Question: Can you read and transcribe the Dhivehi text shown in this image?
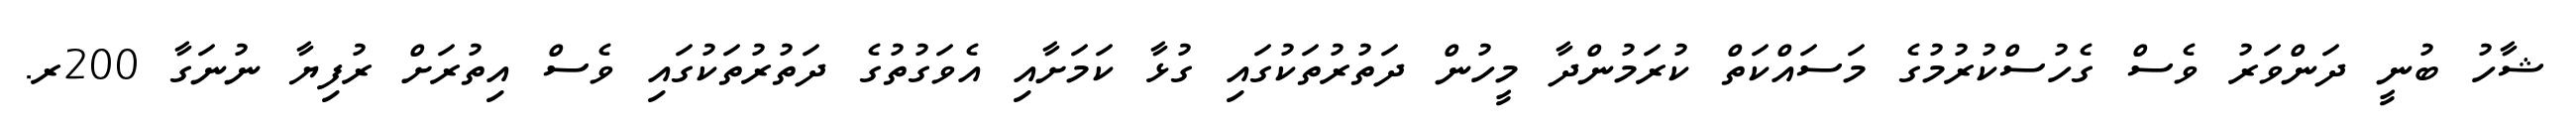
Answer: ޝާހު ބުނީ ދަންވަރު ވެސް ގެހުސްކުރުމުގެ މަސައްކަތް ކުރަމުންދާ މީހުން ދަތުރުތަކުގައި ގުޅާ ކަމަށާއި އެވަގުތުގެ ދަތުރުތަކުގައި ވެސް އިތުރަށް ރުފިޔާ ނުނަގާ 200ރ.